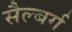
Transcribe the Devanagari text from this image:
सैल्बर्ग